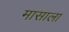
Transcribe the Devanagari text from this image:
मासाला